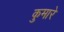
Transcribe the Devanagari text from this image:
कुमारे